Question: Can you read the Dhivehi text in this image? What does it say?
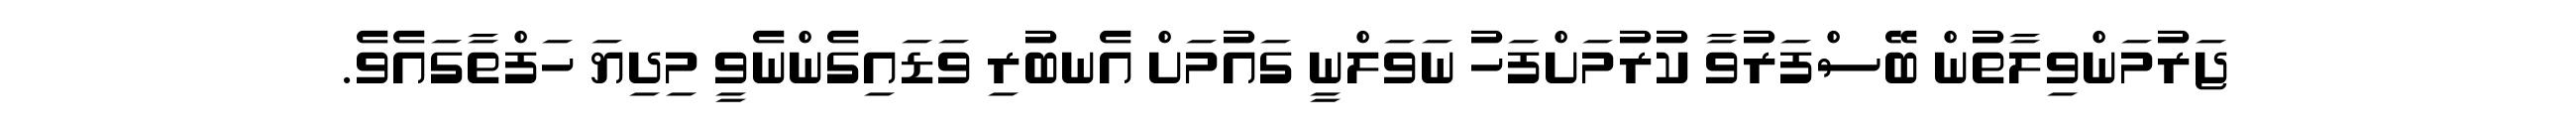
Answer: ޖަރުމަންވިލާތުން ބޭސްފަރުވާ ކުރުމަށްފަހު ނަވަލްނީ ގައުމަށް އެނބުރި ވަޑައިގެންނެވީ މިދިޔަ ހަފްތާގައެވެ.